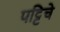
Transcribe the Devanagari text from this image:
पट्टिचे